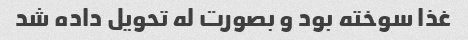
غذا سوخته بود و بصورت له تحویل داده شد